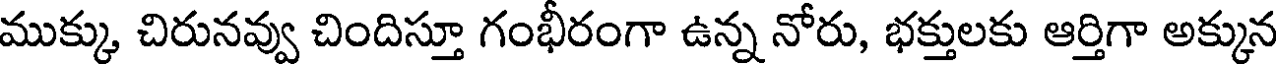
ముక్కు చిరునవ్వు చిందిస్తూ గంభీరంగా ఉన్న నోరు, భక్తులకు ఆర్తిగా అక్కున